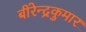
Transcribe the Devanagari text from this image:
बीरेन्द्रकुमार